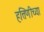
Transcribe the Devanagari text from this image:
हत्तिणीच्या